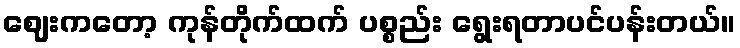
ဈေးကတော့ ကုန်တိုက်ထက် ပစ္စည်း ရွေးရတာပင်ပန်းတယ်။